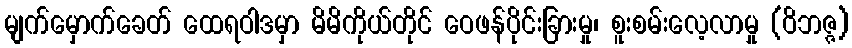
မျက်မှောက်ခေတ် ထေရဝါဒမှာ မိမိကိုယ်တိုင် ဝေဖန်ပိုင်းခြားမှု၊ စူးစမ်းလေ့လာမှု (ဝိဘဇ္ဇ)